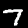
Digit: 7